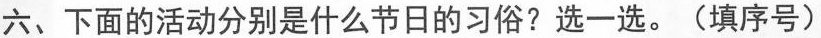
六、下面的活动分别是什么节日的习俗?选一选。(填序号)